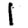
Digit: 1